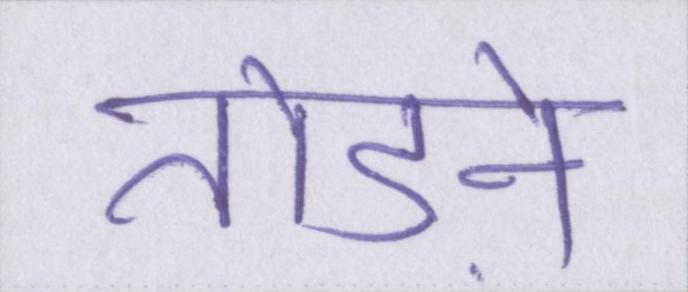
तेाड़ने